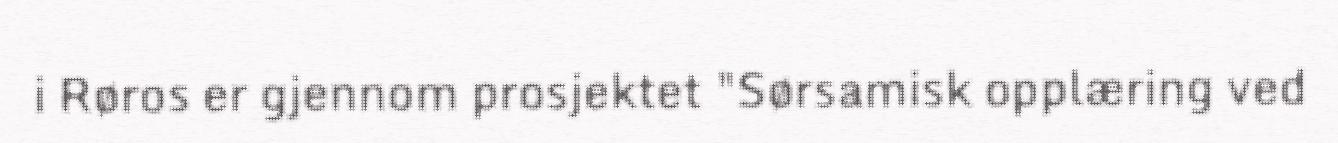
i Røros er gjennom prosjektet "Sørsamisk opplæring ved